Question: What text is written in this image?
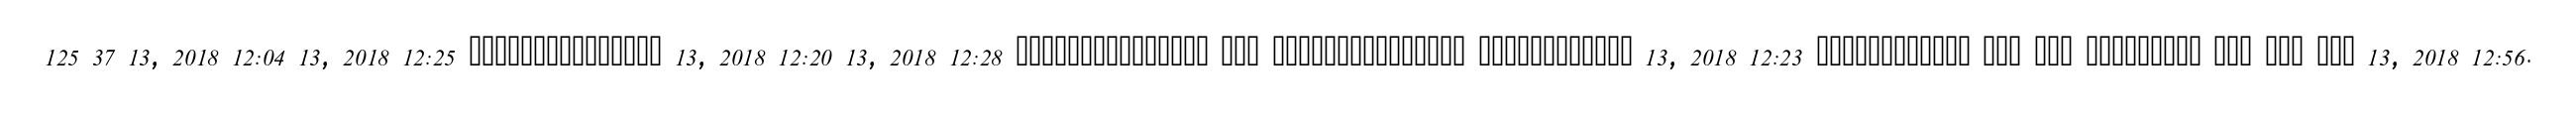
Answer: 125 37 13, 2018 12:04 13, 2018 12:25 ??????????????? 13, 2018 12:20 13, 2018 12:28 ??????????????? ??? ??????????????? ???????????? 13, 2018 12:23 ???????????? ??? ??? ????????? ??? ??? ??? 13, 2018 12:56.